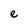
Character: e